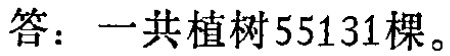
答：一共植树55131棵。